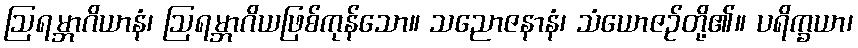
ဩရမ္ဘာဂိယာနံ၊ ဩရမ္ဘာဂိယဖြစ်ကုန်သော။ သညောဇနာနံ၊ သံယောဇဉ်တို့၏။ ပရိက္ခယာ၊